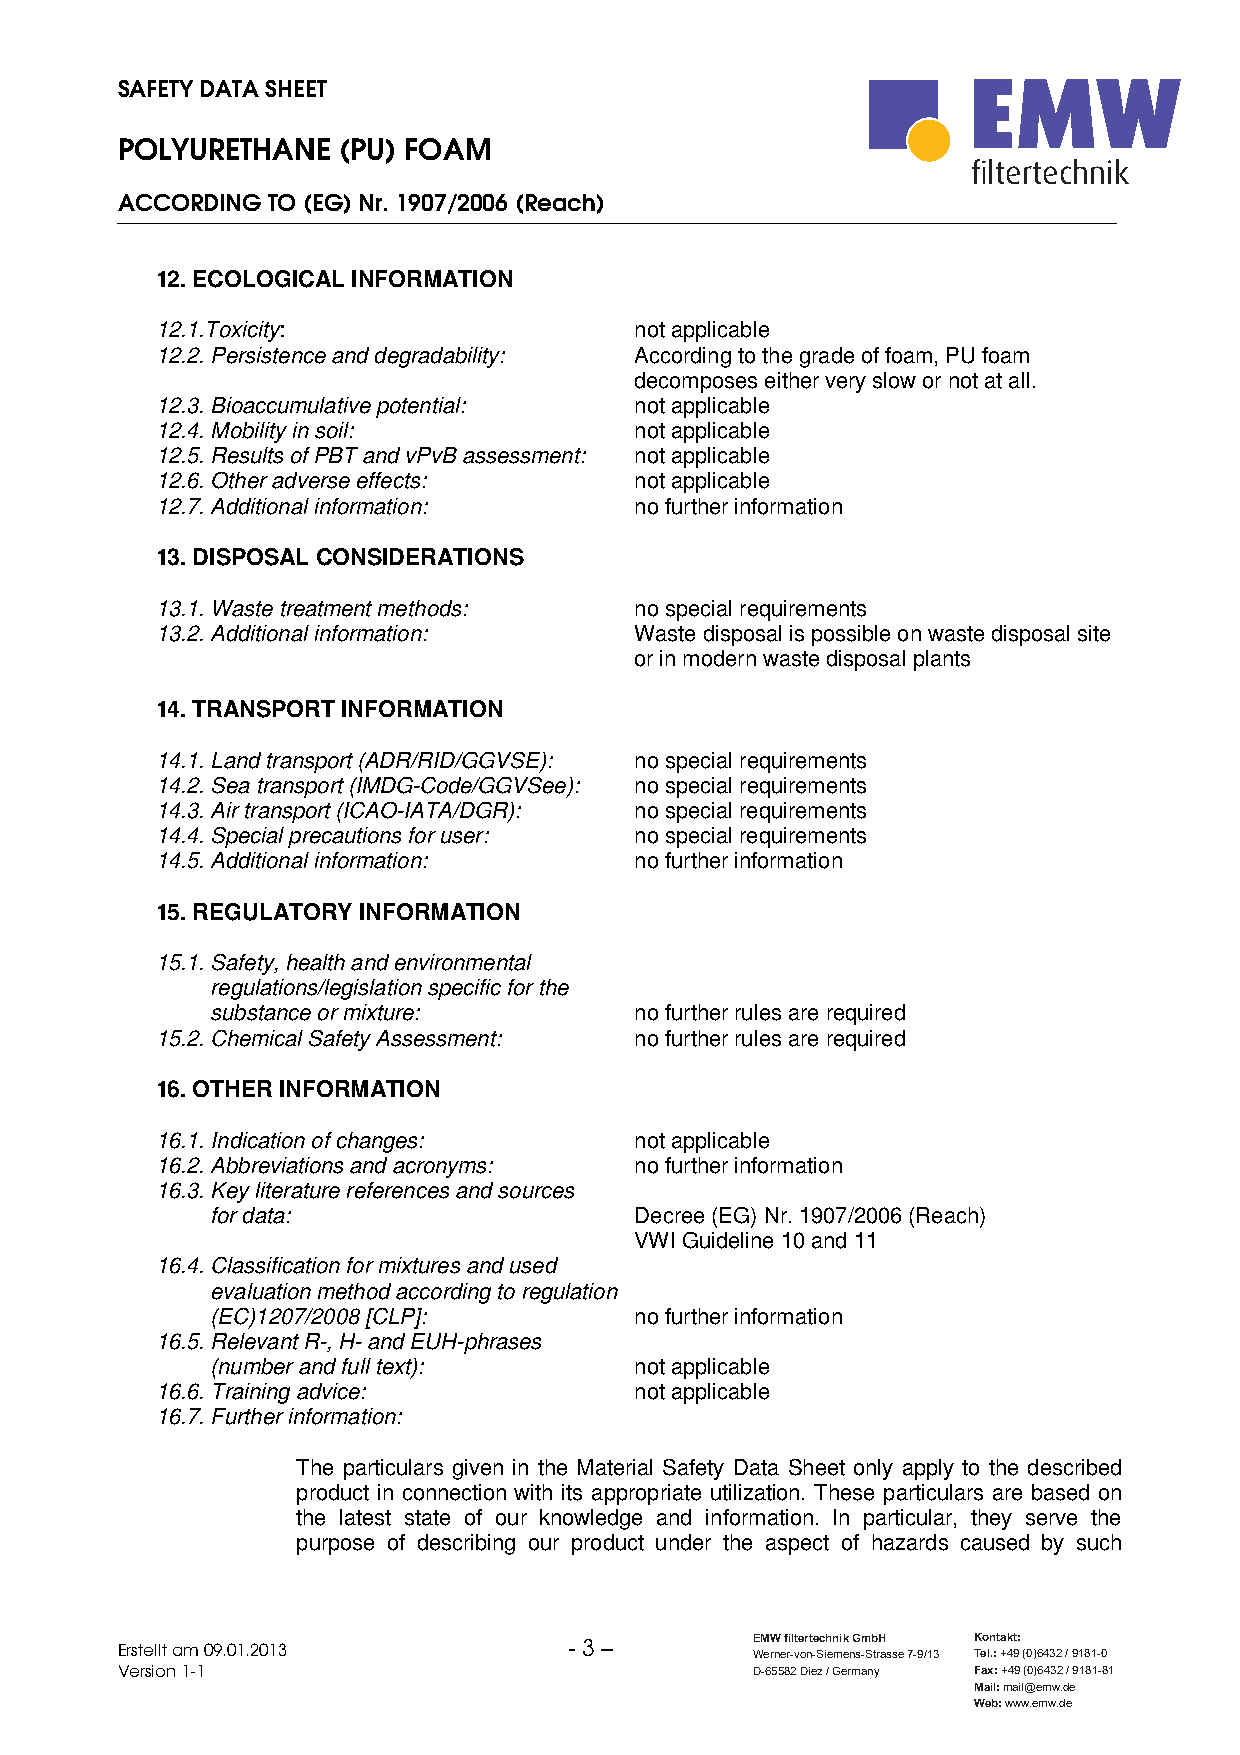
SAFETY DATA SHEET
 POLYURETHANE  (PU) FOAM
 filtertechnik
 ACCORDING TO (EG) Nr. 1907/2006 (Reach)
 12. ECOLOGICAL INFORMATION
 12.1.Toxicity:                  not applicable
 12.2. Persistence and degradability: According to the grade of foam, PU foam
 decomposes either very slow or not at all.
 12.3. Bioaccumulative potential: not applicable
 12.4. Mobility in soil:         not applicable
 12.5. Results of PBT and vPvB assessment: not applicable
 12.6. Other adverse effects:    not applicable
 12.7. Additional information:   no further information
 13. DISPOSAL CONSIDERATIONS
 13.1. Waste treatment methods:  no special requirements
 13.2. Additional information:   Waste disposal is possible on waste disposal site
 or in modern waste disposal plants
 14. TRANSPORT INFORMATION
 14.1. Land transport (ADR/RID/GGVSE): no special requirements
 14.2. Sea transport (IMDG-Code/GGVSee): no special requirements
 14.3. Air transport (ICAO-IATA/DGR): no special requirements
 14.4. Special precautions for user: no special requirements
 14.5. Additional information:   no further information
 15. REGULATORY INFORMATION
 15.1. Safety, health and environmental
 regulations/legislation specific for the
 substance or mixture:       no further rules are required
 15.2. Chemical Safety Assessment: no further rules are required
 16. OTHER INFORMATION
 16.1. Indication of changes:    not applicable
 16.2. Abbreviations and acronyms: no further information
 16.3. Key literature references and sources
 for data:                   Decree (EG) Nr. 1907/2006 (Reach)
 VWI Guideline 10 and 11
 16.4. Classification for mixtures and used
 evaluation method according to regulation
 (EC)1207/2008 [CLP]:        no further information
 16.5. Relevant R-, H- and EUH-phrases
 (number and full text):     not applicable
 16.6. Training advice:          not applicable
 16.7. Further information:
 The particulars given in the Material Safety Data Sheet only apply to the described
 product in connection with its appropriate utilization. These particulars are based on
 the latest state of our knowledge and information. In particular, they serve the
 purpose of describing our product under the aspect of hazards caused by such
 Erstellt am 09.01.2013        - 3 –       EMW filtertechnik GmbH Kontakt:
 Werner-von-Siemens-Strasse 7-9/13 Tel.: +49 (0)6432 / 9181-0
 Version 1-1                               D-65582 Diez / Germany Fax: +49 (0)6432 / 9181-81
 Mail: mail@emw.de
 Web: www.emw.de